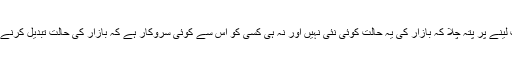
مزید معلومات لینے پر پتہ چلا کہ بازار کی یہ حالت کوئی نئی نہیں اور نہ ہی کسی کو اس سے کوئی سروکار ہے کہ بازار کی حالت تبدیل کرنے پر توجہ دے۔